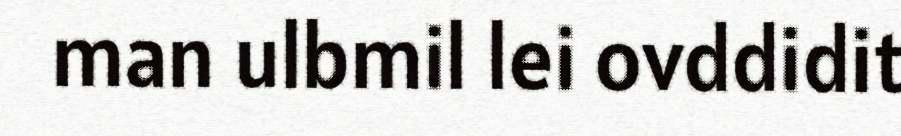
man ulbmil lei ovddidit